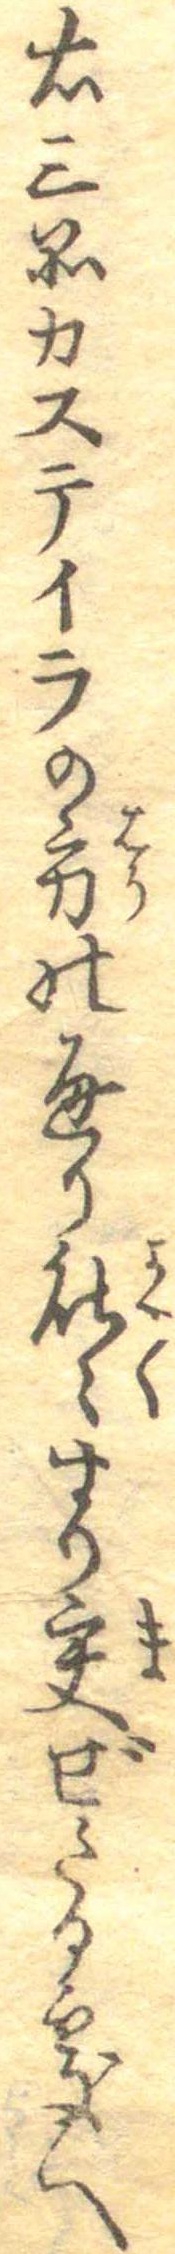
右三品カステイラの方の通り能々すり交ぜたる処へ